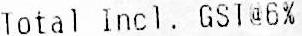
TOTAL INCL. GST@6%